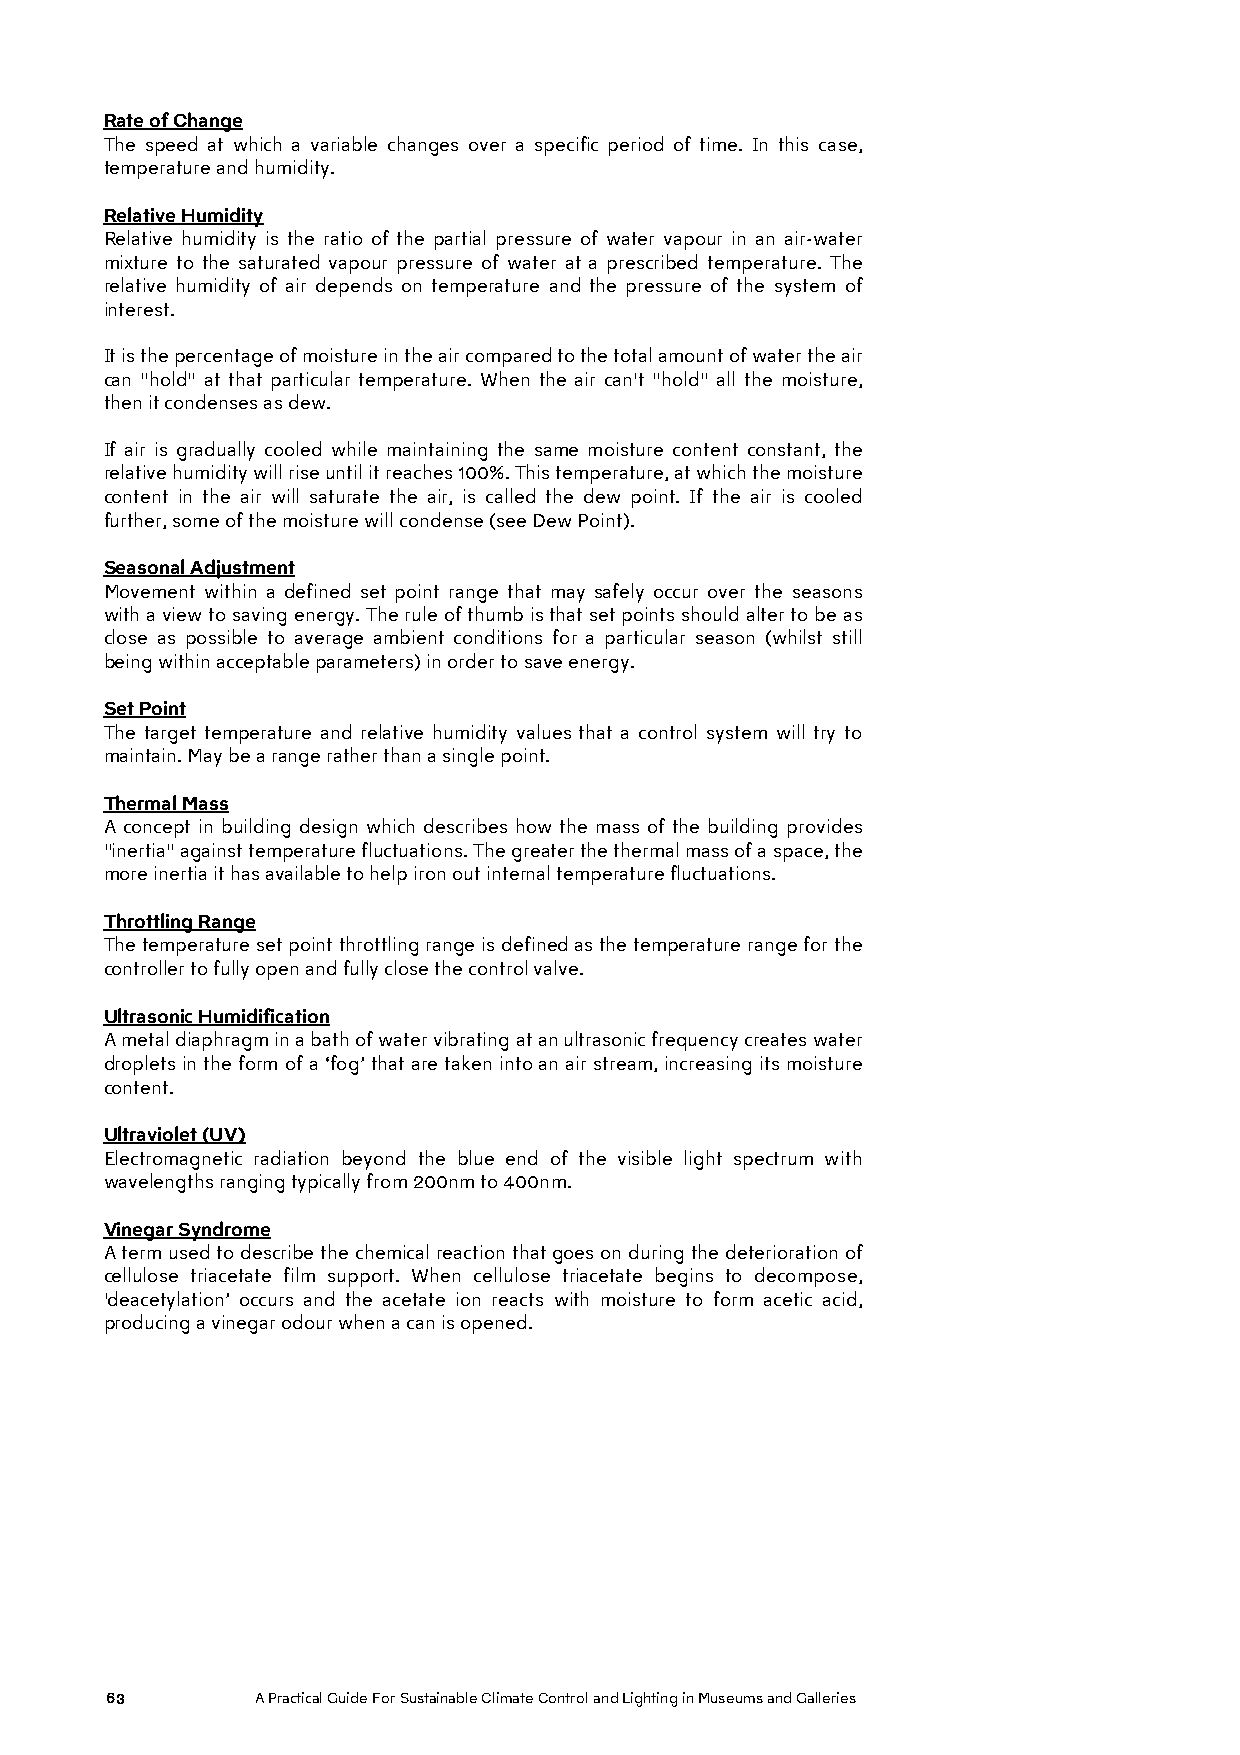
Rate of Change
 The speed at which a variable changes over a specific period of time. In this case,
 temperature and humidity.
 Relative Humidity
 Relative humidity is the ratio of the partial pressure of water vapour in an air-water
 mixture to the saturated vapour pressure of water at a prescribed temperature. The
 relative humidity of air depends on temperature and the pressure of the system of
 interest.
 It is the percentage of moisture in the air compared to the total amount of water the air
 can "hold" at that particular temperature. When the air can't "hold" all the moisture,
 then it condenses as dew.
 If air is gradually cooled while maintaining the same moisture content constant, the
 relative humidity will rise until it reaches 100%. This temperature, at which the moisture
 content in the air will saturate the air, is called the dew point. If the air is cooled
 further, some of the moisture will condense (see Dew Point).
 Seasonal Adjustment
 Movement within a defined set point range that may safely occur over the seasons
 with a view to saving energy. The rule of thumb is that set points should alter to be as
 close as possible to average ambient conditions for a particular season (whilst still
 being within acceptable parameters) in order to save energy.
 Set Point
 The target temperature and relative humidity values that a control system will try to
 maintain. May be a range rather than a single point.
 Thermal Mass
 A concept in building design which describes how the mass of the building provides
 "inertia" against temperature fluctuations. The greater the thermal mass of a space, the
 more inertia it has available to help iron out internal temperature fluctuations.
 Throttling Range
 The temperature set point throttling range is defined as the temperature range for the
 controller to fully open and fully close the control valve.
 Ultrasonic Humidification
 A metal diaphragm in a bath of water vibrating at an ultrasonic frequency creates water
 droplets in the form of a ‘fog’ that are taken into an air stream, increasing its moisture
 content.
 Ultraviolet (UV)
 Electromagnetic radiation beyond the blue end of the visible light spectrum with
 wavelengths ranging typically from 200nm to 400nm.
 Vinegar Syndrome
 A term used to describe the chemical reaction that goes on during the deterioration of
 cellulose triacetate film support. When cellulose triacetate begins to decompose,
 'deacetylation’ occurs and the acetate ion reacts with moisture to form acetic acid,
 producing a vinegar odour when a can is opened.
 63        A Practical Guide For Sustainable Climate Control and Lighting in Museums and Galleries